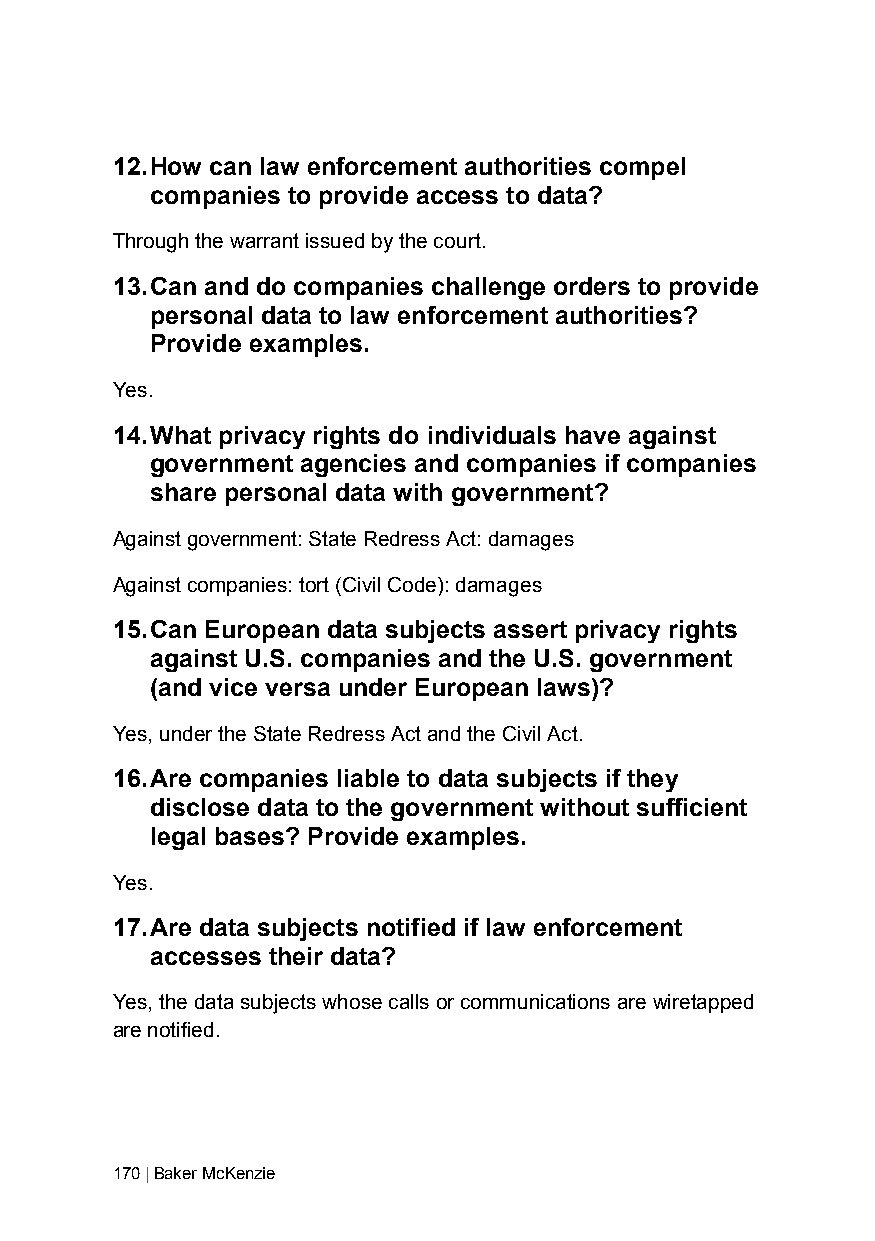
12. How can law enforcement authorities compel
 companies to provide access to data?
 Through the warrant issued by the court.
 13. Can and do companies challenge orders to provide
 personal data to law enforcement authorities?
 Provide examples.
 Yes.
 14. What privacy rights do individuals have against
 government agencies and companies if companies
 share personal data with government?
 Against government: State Redress Act: damages
 Against companies: tort (Civil Code): damages
 15. Can European data subjects assert privacy rights
 against U.S. companies and the U.S. government
 (and vice versa under European laws)?
 Yes, under the State Redress Act and the Civil Act.
 16. Are companies liable to data subjects if they
 disclose data to the government without sufficient
 legal bases? Provide examples.
 Yes.
 17. Are data subjects notified if law enforcement
 accesses their data?
 Yes, the data subjects whose calls or communications are wiretapped
 are notified.
 170 | Baker McKenzie